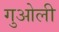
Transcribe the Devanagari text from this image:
गुओली